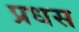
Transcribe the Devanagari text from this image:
प्रधस